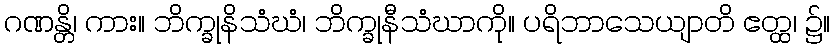
ဂဏန္တိ၊ ကား။ ဘိက္ခုနိသံဃံ၊ ဘိက္ခုနီသံဃာကို။ ပရိဘာသေယျာတိ ဧတ္ထ၊ ၌။